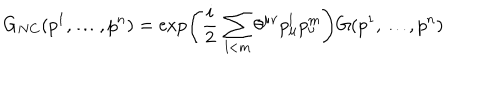
G _ { N C } ( p ^ { 1 } , \dots , p ^ { n } ) = \exp \left( \frac { i } { 2 } \, \sum _ { l < m } \theta ^ { \mu \nu } p _ { \mu } ^ { l } p _ { \nu } ^ { m } \right) G ( p ^ { 1 } , \dots , p ^ { n } )